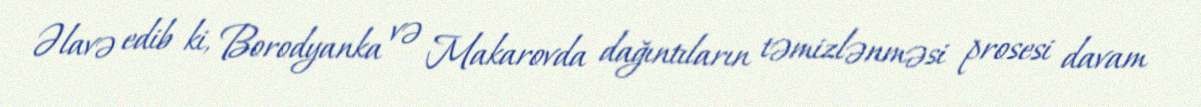
Əlavə edib ki, Borodyanka və Makarovda dağıntıların təmizlənməsi prosesi davam